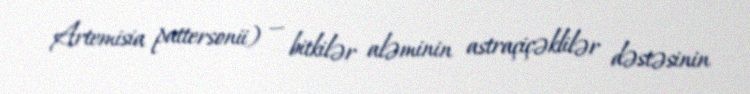
Artemisia pattersonii) — bitkilər aləminin astraçiçəklilər dəstəsinin